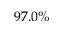
9 7 . 0 \%